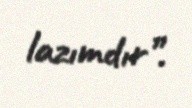
lazımdır”.